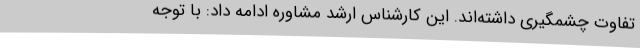
تفاوت چشمگیری داشته‌اند. این کارشناس ارشد مشاوره ادامه داد: با توجه